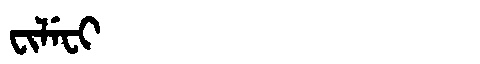
Manchu: ᠸᡳᠯᡝᠸᡳ
Romanization: FILEFI